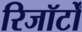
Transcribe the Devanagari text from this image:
रिजॉर्टों